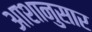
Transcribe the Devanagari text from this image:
आशानुसार